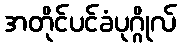
အတိုင်ပင်ခံပုဂ္ဂိုလ်